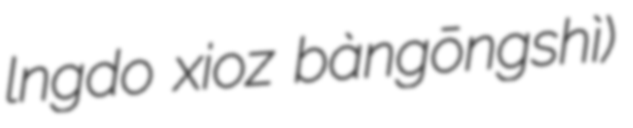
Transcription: lǐngdǎo xiǎozǔ bàngōngshì)